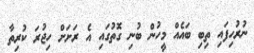
ނުރުހިފައި ތިބި ބައެއް މީހުން ބުނި ގޮތުގައި އެ ރަށަށް ހިޖުރަ ކުރިތާ